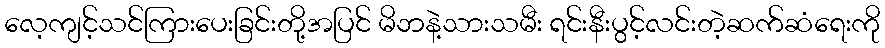
လေ့ကျင့်သင်ကြားပေးခြင်းတို့အပြင် မိဘနဲ့သားသမီး ရင်းနီးပွင့်လင်းတဲ့ဆက်ဆံရေးကို